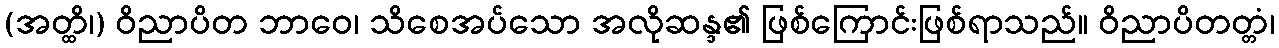
(အတ္ထိ၊) ဝိညာပိတ ဘာဝေ၊ သိစေအပ်သော အလိုဆန္ဒ၏ ဖြစ်ကြောင်းဖြစ်ရာသည်။ ဝိညာပိတတ္တံ၊